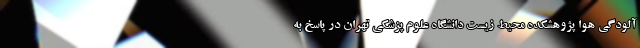
آلودگی هوا پژوهشکده محیط زیست دانشگاه علوم پزشکی تهران در پاسخ به